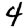
Digit: 4